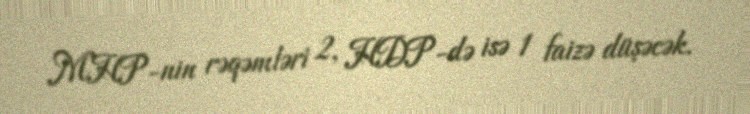
MHP-nin rəqəmləri 2, HDP-də isə 1 faizə düşəcək.